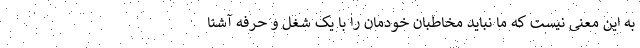
به این معنی نیست که ما نباید مخاطبان خودمان را با یک شغل و حرفه آشنا